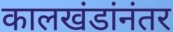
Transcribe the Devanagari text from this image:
कालखंडांनंतर